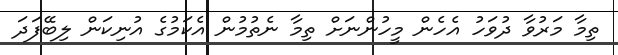
ތިމާ މަރުވާ ދުވަހު އެހެން މީހުންނަށް ތިމާ ނެތުމުން އެކަމުގެ އުނިކަން ލިބޭފަދަ